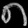
Digit: ၈